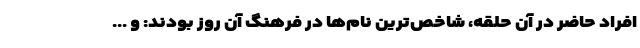
افراد حاضر در آن حلقه، شاخص‌ترین نام‌ها در فرهنگ آن روز بودند: و ...